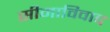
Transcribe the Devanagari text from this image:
सीमाविवाद